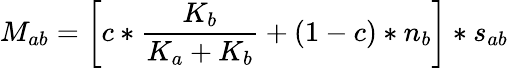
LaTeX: M_{ab}=\left[c*\frac{K_{b}}{K_{a}+K_{b}}+(1-c)*n_{b}\right]*s_{ab}